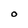
Character: O